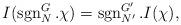
LaTeX: \begin{align*}I(\operatorname{sgn}_N^G.\chi)=\operatorname{sgn}_{N'}^{G'}.I(\chi),\end{align*}